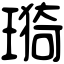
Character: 𤨦